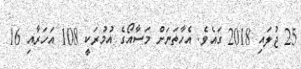
25 ޖުލައި 2018 ގައެވެ. އެހާތަނަށް މަސާއޯގެ އުމުރަކީ 108 އަހަރާއި 16